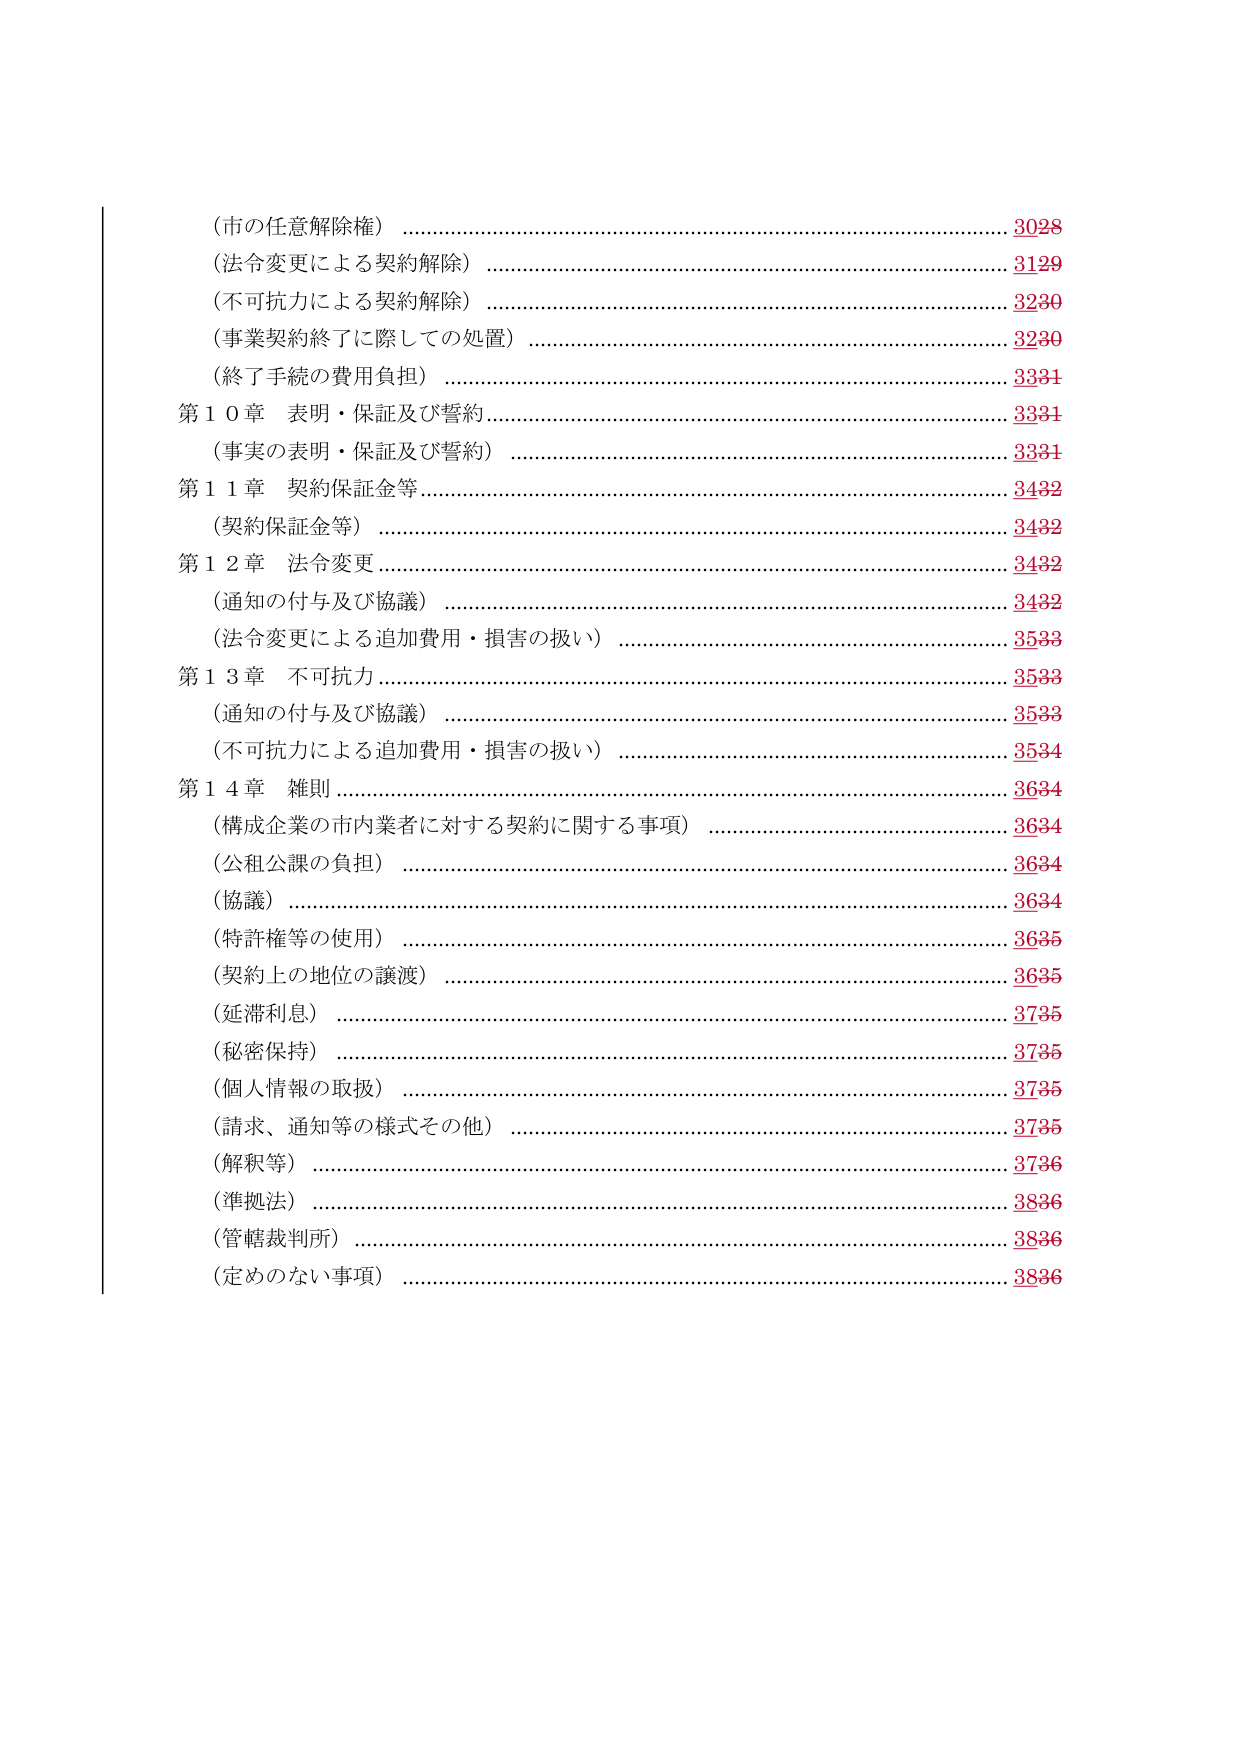
(市の任意解除権) ……………………………………………………………… 3028
(法令変更による契約解除) …………………………………………………… 3129
(不可抗力による契約解除) …………………………………………………… 3230
(事業契約終了に際しての処置) ……………………………………………… 3230
(終了手続の費用負担) ………………………………………………………… 3331
第10章 表明・保証及び誓約 ………………………………………………… 3331
　(事実の表明・保証及び誓約) ……………………………………………… 3331
第11章 契約保証金等 ………………………………………………………… 3432
　(契約保証金等) ……………………………………………………………… 3432
第12章 法令変更 ……………………………………………………………… 3432
　(通知の付与及び協議) ……………………………………………………… 3432
　(法令変更による追加費用・損害の扱い) ………………………………… 3533
第13章 不可抗力 ……………………………………………………………… 3533
　(通知の付与及び協議) ……………………………………………………… 3533
　(不可抗力による追加費用・損害の扱い) ………………………………… 3534
第14章 雑則 …………………………………………………………………… 3634
　(構成企業の市内業者に対する契約に関する事項) ……………………… 3634
　(公租公課の負担) …………………………………………………………… 3634
　(協議) ………………………………………………………………………… 3634
　(特許権等の使用) …………………………………………………………… 3635
　(契約上の地位の譲渡) ……………………………………………………… 3635
　(延滞利息) …………………………………………………………………… 3735
　(秘密保持) …………………………………………………………………… 3735
　(個人情報の取扱) …………………………………………………………… 3735
　(請求、通知等の様式その他) ……………………………………………… 3735
　(解釈等) ……………………………………………………………………… 3736
　(準拠法) ……………………………………………………………………… 3836
　(管轄裁判所) ………………………………………………………………… 3836
　(定めのない事項) …………………………………………………………… 3836